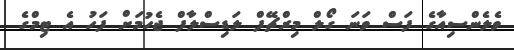
ވެލެންސިއާގެ ފަސް ވަނަ ގޯލް މިރްޗޭފް ލަޑިސްލާފް ޖެހުމަށް ފަހު އެ ޓިމްގެ